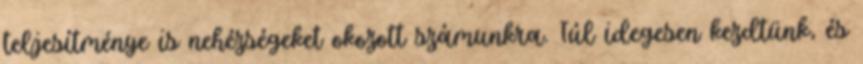
teljesítménye is nehézségeket okozott számunkra. Túl idegesen kezdtünk, és